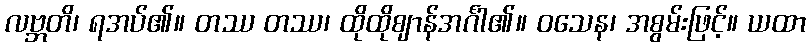
လဗ္ဘတိ၊ ရအပ်၏။ တဿ တဿ၊ ထိုထိုဈာန်အင်္ဂါ၏။ ဝသေန၊ အစွမ်းဖြင့်။ ယထာ